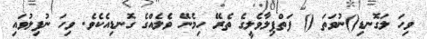
ވިހަ ލަގޮނޑި()ނުވަތަ () ފަތްޕިލާވެލީގެ ތެރޭ ހިމެނޭ ވެލެއްގެ ގޮނޑިއެކެވެ. ވިހަ ނުފިލުވައި